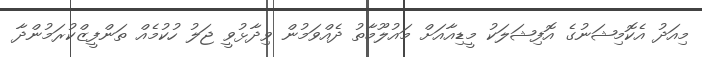
މިއަދު އެކޮމިޝަނުގެ އޮފިޝަލަކު މީޑިއާއަށް މައުލޫމާތު ދެއްވަމުން ވިދާޅުވީ ޖަލު ހުކުމެއް ތަންފީޒްކުރަމުންދާ